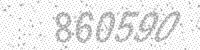
Solution: 860590